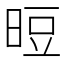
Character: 𰖉